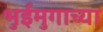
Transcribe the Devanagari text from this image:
भुईमुगाच्या